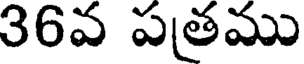
36వ పతము